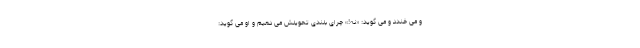
و می خندد و می گوید: «نه!» چرای بلندی تحویلش می دهیم و او می گوید: